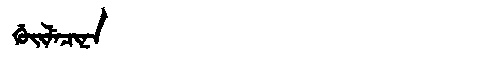
Manchu: ᡤᡠᡳᠯᡝᠴᡳᠨᠠ
Romanization: GUILECINA